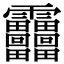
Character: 𩇓